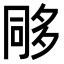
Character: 𭁰